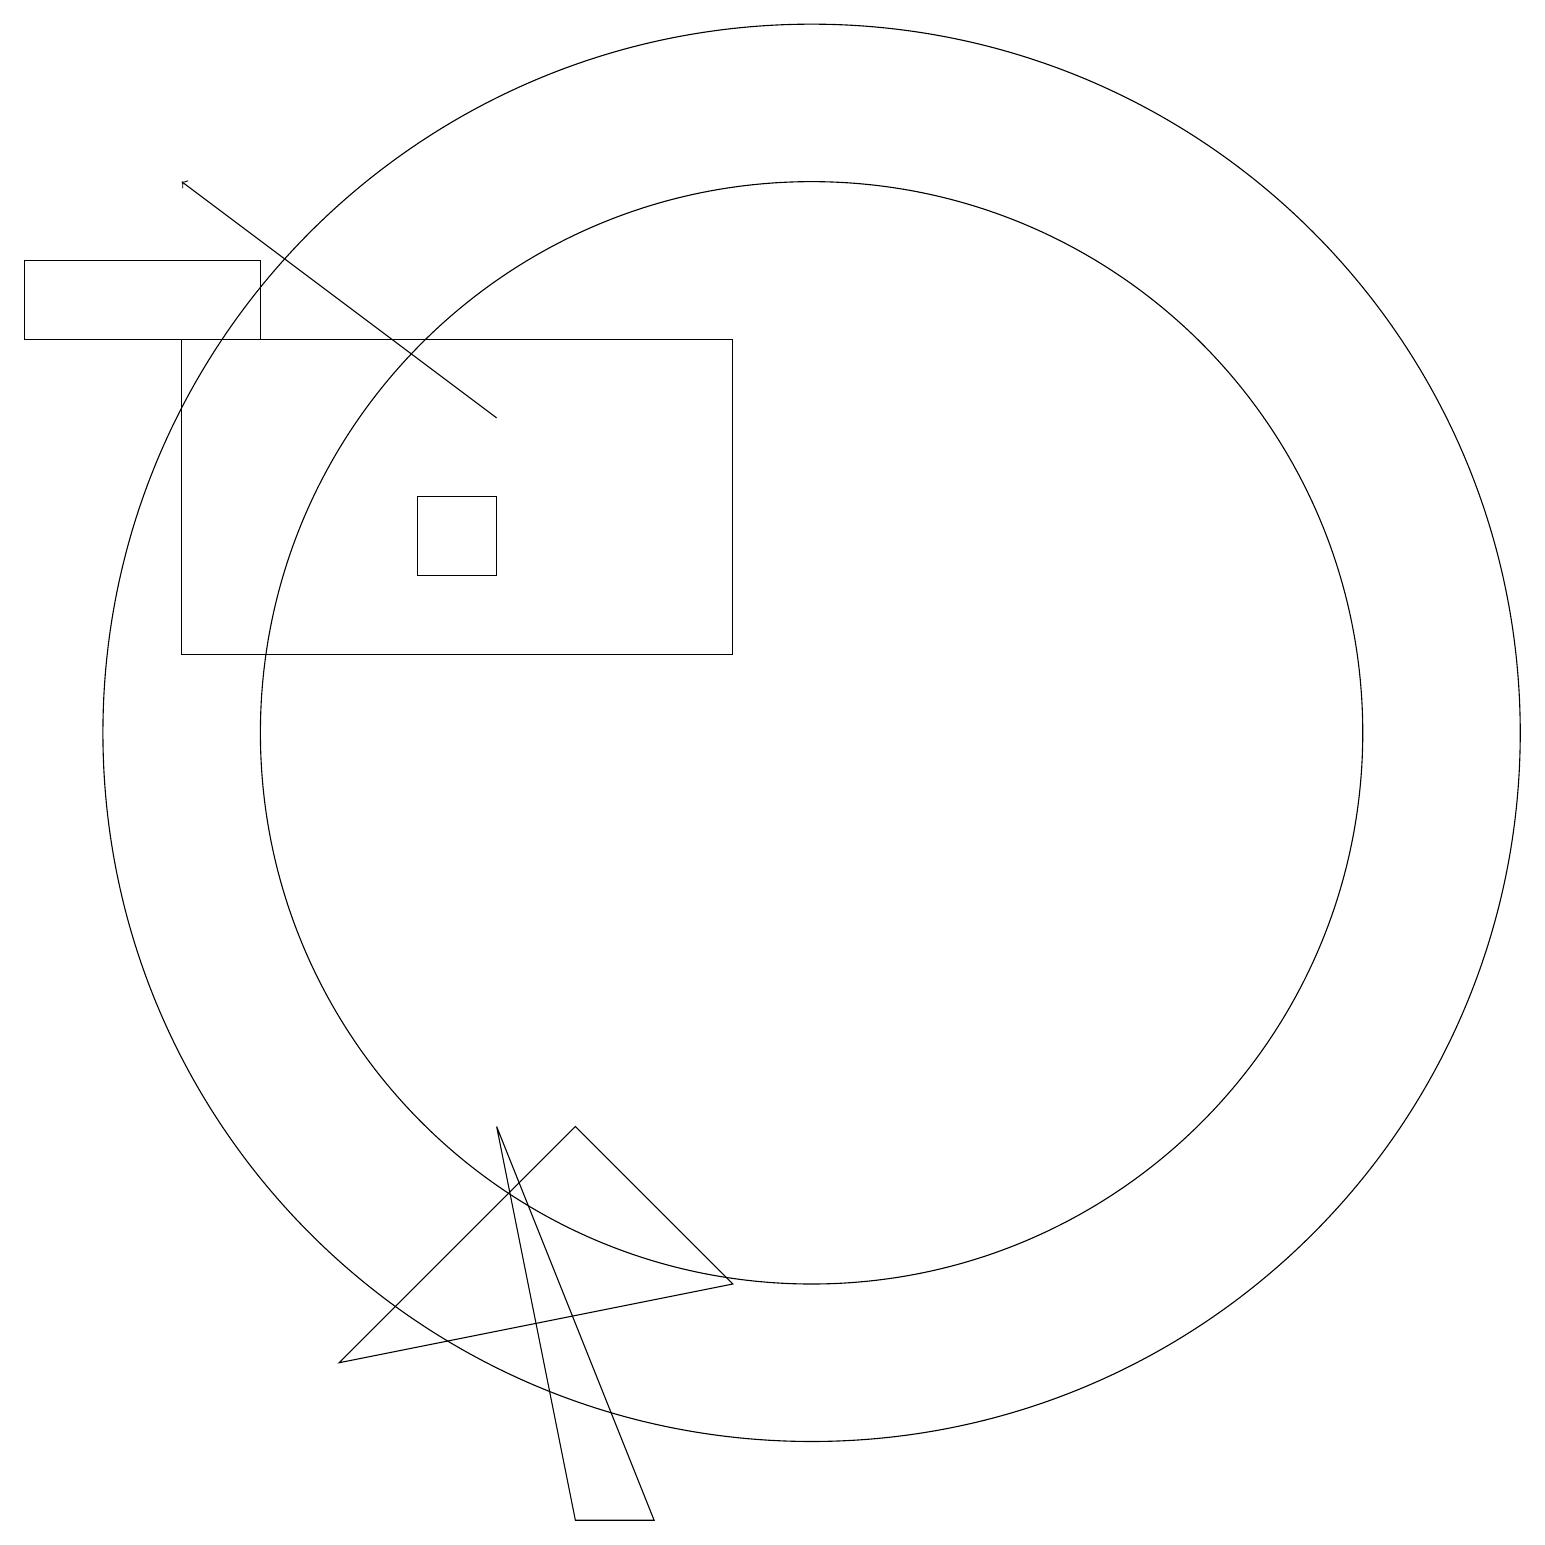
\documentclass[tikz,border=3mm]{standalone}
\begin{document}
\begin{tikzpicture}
\draw (10,11) circle (7);
\draw (5,14) rectangle (6,13);
\draw (10,11) circle (9);
\draw (6,6) -- (7,1) -- (8,1) -- cycle;
\draw (2,16) rectangle (9,12);
\draw (3,16) rectangle (0,17);
\draw (9,4) -- (4,3) -- (7,6) -- cycle;
\draw[->] (6,15) -- (2,18);
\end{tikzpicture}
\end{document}